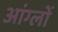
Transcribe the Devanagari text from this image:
आंग्लों